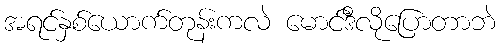
အရင်နှစ်ယောက်တုန်းကလဲ မောင်ဒီလိုပြောတာဘဲ